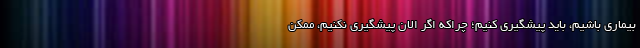
بیماری باشیم، باید پیشگیری کنیم؛ چراکه اگر الان پیشگیری نکنیم، ممکن